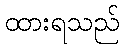
ထားရသည်